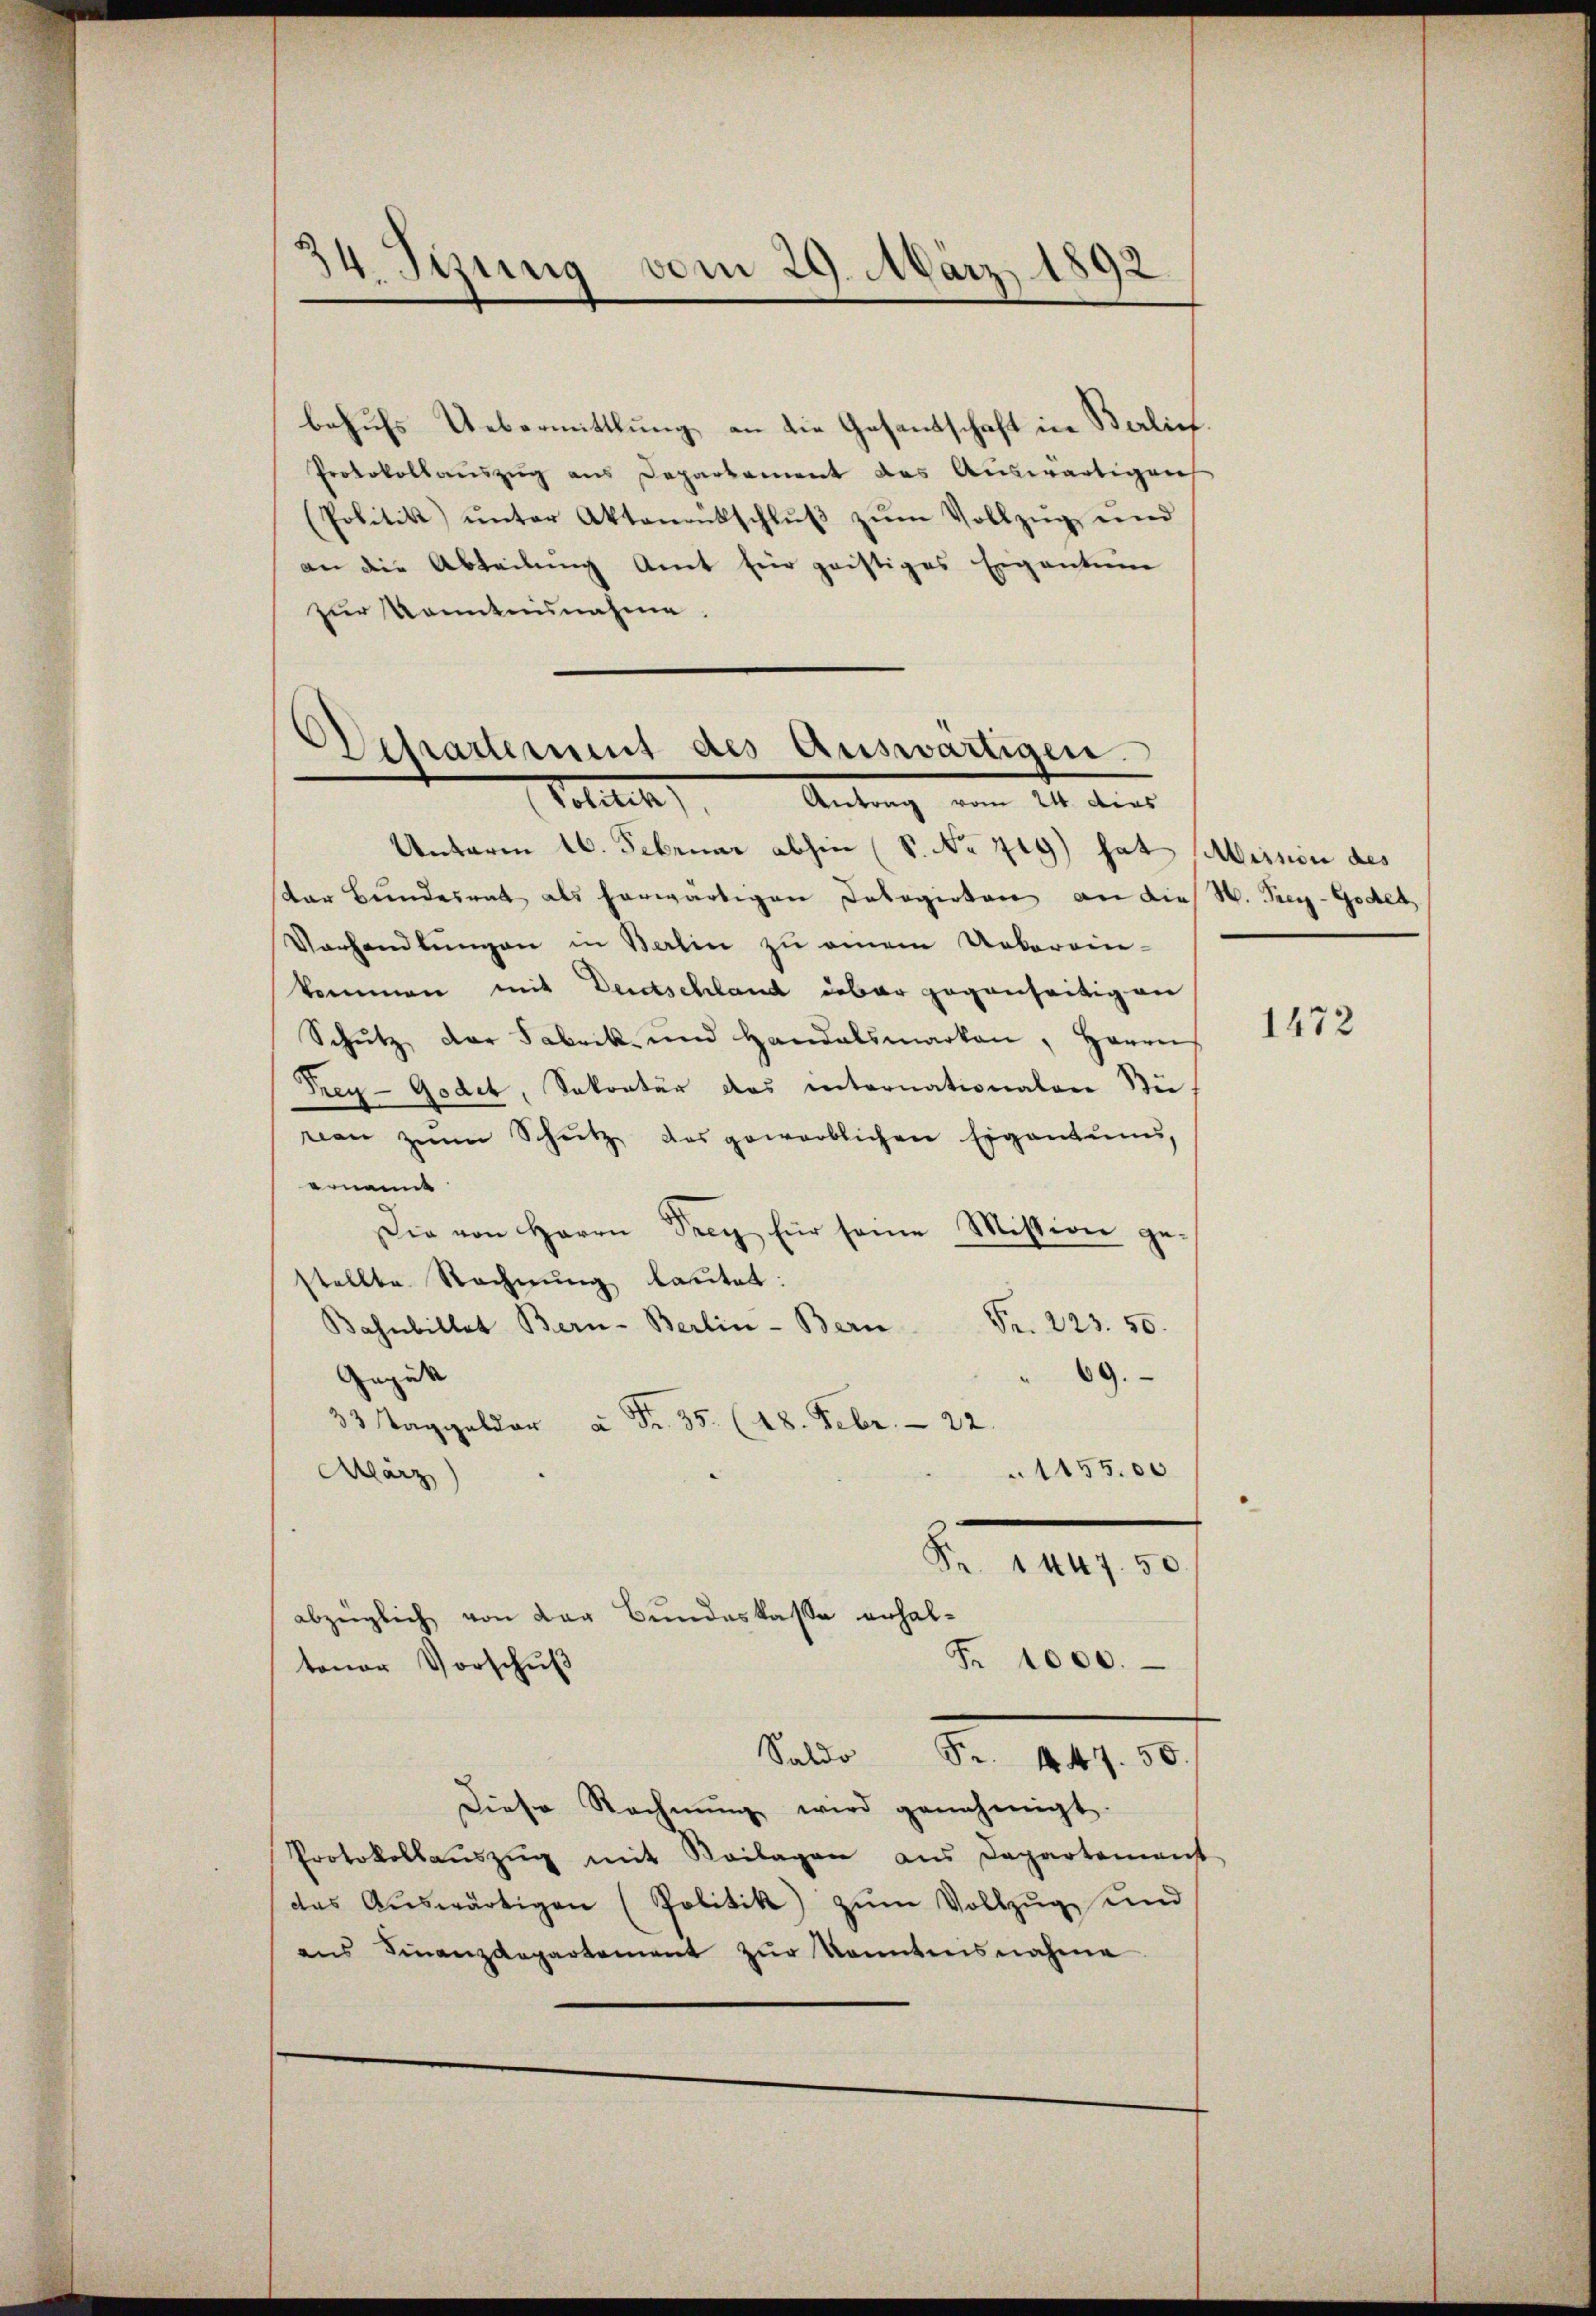
34. Stung vom 29. März 1892.

behufs Uebermittlung an die Gesandschaft in Berlief.
Protokollaŭszŭg ans Deparkament das Auswärtigens
(Politik ŭnter Aktenrütschlŭβ zŭm Vollzŭg und
an die Abteilung Amt für geistiges Eigentum
zur Kenntnisnahme.

Schartermit des Auswärtigen.
Totalen
Antrag vom 24. dies

Unterm 16. Februar abhin (S. No 719) hat Meinen des
ar Bundesrat als herwärtigen Delegirten an dies H. Prey-Godet
Vorhandlungen in Berlin zu einem Ueberein-
kommen mit Deutschland über gegenseitigen
Schŭtz der Fabrik- und Handelsmarken, Herrei
Frey-Godet, Sekretär das internationalen Bü
van zum Schutz des gewerblichen Eigentums,
ernannt
Die von Herrn Drey für seine Mission gestellte Rechnung lautet:
Bahnbillet Bern-Berlin-Bern Fr. 223. 50.
69.
Gegütt
33 Taggelder u Fr. 35. (18. Febr. 22.
1155.00
März)
Fr. 1447. 50
abzeiglich von der Bundeskasse erhal¬
Fr. 1000.
tener Vorschuß
Saldo Fr. 447. 50.
Diese Rechnŭng wird genehmigt.
Protokollaŭszŭg mit Beilagen aus Departement
das Aŭswärtigen (Politik zŭm Vollzŭg und
ans Finanzdepartement zŭr Kenntnisnahme

1472